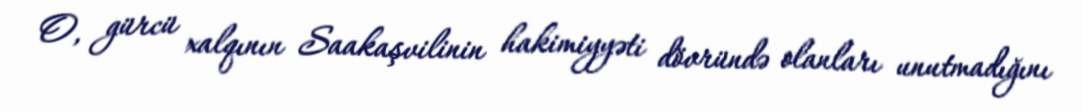
O, gürcü xalqının Saakaşvilinin hakimiyyəti dövründə olanları unutmadığını